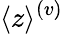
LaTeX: \langle z\rangle^{(v)}